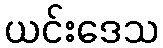
ယင်းဒေသ